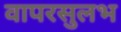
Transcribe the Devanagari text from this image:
वापरसुलभ